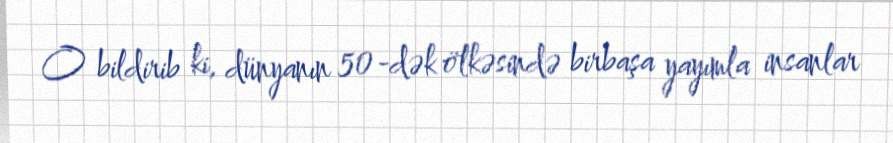
O bildirib ki, dünyanın 50-dək ölkəsində birbaşa yayımla insanlar